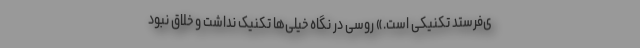
ی‌فرستد تکنیکی است.» روسی در نگاه خیلی‌ها تکنیک نداشت و خلاق نبود